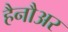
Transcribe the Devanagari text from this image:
हैनौअर